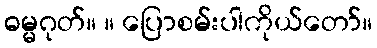
ဓမ္မဂုတ်။ ။ ပြောစမ်းပါကိုယ်တော်။